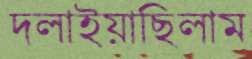
দলাইয়াছিলাম